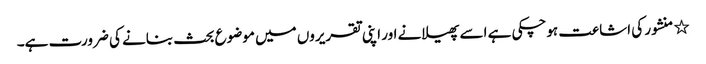
٭	منشور کی اشاعت ہوچکی ہے اسے پھیلانے اور اپنی تقریروں میں موضوع بحث بنانے کی ضرورت ہے۔